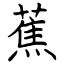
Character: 蕉